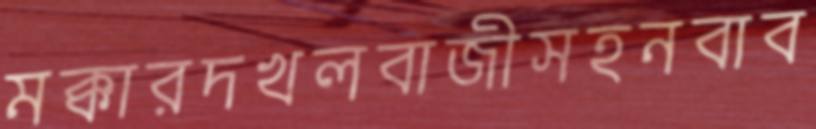
মক্কারদখলবাজীসহনবাব